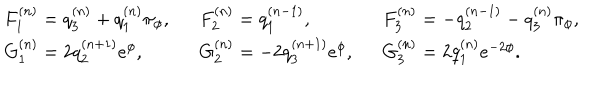
\left. \begin{array} { l l l } { { F _ { 1 } ^ { ( n ) } = q _ { 3 } ^ { ( n ) } + q _ { 1 } ^ { ( n ) } \pi _ { \phi } , \, \, \, \, } } & { { F _ { 2 } ^ { ( n ) } = q _ { 1 } ^ { ( n - 1 ) } , \, \, \, \, } } & { { F _ { 3 } ^ { ( n ) } = - q _ { 2 } ^ { ( n - 1 ) } - q _ { 3 } ^ { ( n ) } \pi _ { \phi } , } } \\ { { G _ { 1 } ^ { ( n ) } = 2 q _ { 2 } ^ { ( n + 1 ) } e ^ { \phi } , \, \, \, \, } } & { { G _ { 2 } ^ { ( n ) } = - 2 q _ { 3 } ^ { ( n + 1 ) } e ^ { \phi } , \, \, \, \, } } & { { G _ { 3 } ^ { ( n ) } = 2 q _ { 1 } ^ { ( n ) } e ^ { - 2 \phi } . } } \\ \end{array} \right.